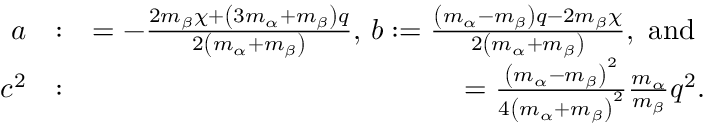
\begin{array} { r l r } { a } & { : } & { = - \frac { 2 m _ { \beta } \chi + \left( 3 m _ { \alpha } + m _ { \beta } \right) q } { 2 \left( m _ { \alpha } + m _ { \beta } \right) } \mathrm { , ~ } b : = \frac { \left( m _ { \alpha } - m _ { \beta } \right) q - 2 m _ { \beta } \chi } { 2 \left( m _ { \alpha } + m _ { \beta } \right) } \mathrm { , ~ a n d ~ } } \\ { c ^ { 2 } } & { : } & { = \frac { \left( m _ { \alpha } - m _ { \beta } \right) ^ { 2 } } { 4 \left( m _ { \alpha } + m _ { \beta } \right) ^ { 2 } } \frac { m _ { \alpha } } { m _ { \beta } } q ^ { 2 } . } \end{array}